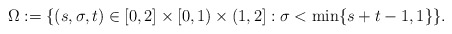
\begin{align*} \Omega := \{(s,\sigma,t) \in [0,2] \times [0,1) \times (1,2] : \sigma < \min\{s + t - 1,1\}\}. \end{align*}